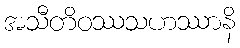
အသီတိဝဿသဟဿာနိ